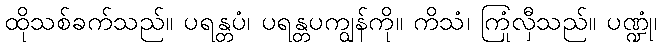
ထိုသစ်ခက်သည်။ ပရန္တပံ၊ ပရန္တပကျွန်ကို။ ကိသံ၊ ကြုံလှီသည်။ ပဏ္ဍုံ၊